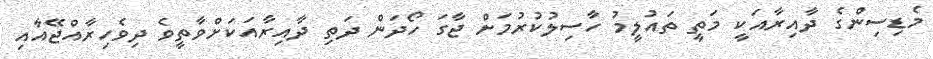
މެޑިސިންގެ ދާއިރާއަކީ މަތީ ތައުލީމު ހާސިލުކުރުމަށް ޖާގަ ހޯދަން ދަތި ދާއިރާއަކަށްވާތީވެ ދިވެހިރާއްޖޭއާއި